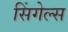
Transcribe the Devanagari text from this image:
सिंगेल्स